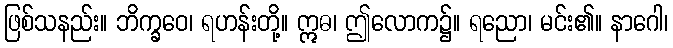
ဖြစ်သနည်း။ ဘိက္ခဝေ၊ ရဟန်းတို့။ ဣဓ၊ ဤလောက၌။ ရညော၊ မင်း၏။ နာဂေါ၊